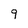
Character: 9